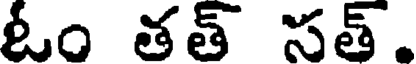
ఓం తత్ సత్.